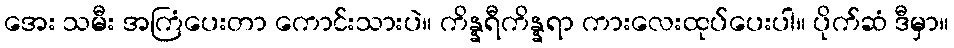
အေး သမီး အကြံပေးတာ ကောင်းသားပဲ။ ကိန္နရီကိန္နရာ ကားလေးထုပ်ပေးပါ။ ပိုက်ဆံ ဒီမှာ။